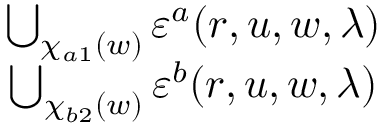
\begin{array} { c c } { \bigcup _ { \chi _ { a 1 } ( w ) } \varepsilon ^ { a } ( r , u , w , \lambda ) } \\ { \bigcup _ { \chi _ { b 2 } ( w ) } \varepsilon ^ { b } ( r , u , w , \lambda ) } \end{array}